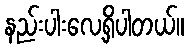
နည်းပါးလေ့ရှိပါတယ်။